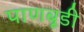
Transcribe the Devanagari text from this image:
पाणबूडी